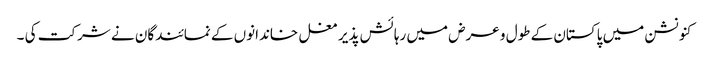
کنونشن میں پاکستان کے طول و عرض میں رہائش پذیر مغل خاندانوں کے نمائندگان نے شرکت کی ۔